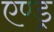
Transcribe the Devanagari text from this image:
एण्ड्र